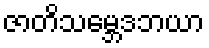
ဇာတိသမ္ဘေဒဘယာ